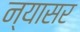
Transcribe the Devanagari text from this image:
न्यासर